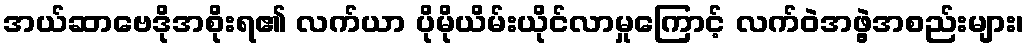
အယ်ဆာဗေဒိုအစိုးရ၏ လက်ယာ ပိုမိုယိမ်းယိုင်လာမှုကြောင့် လက်ဝဲအဖွဲ့အစည်းများ၊